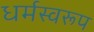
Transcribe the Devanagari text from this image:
धर्मस्वरूप